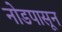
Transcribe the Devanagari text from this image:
नोडपासून